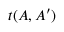
t ( A , A ^ { \prime } )